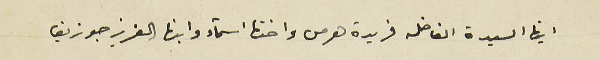
ايتها السيدة الفاضله فريدة هرمس واختها اسماء وابنها العزيز جوزيف